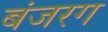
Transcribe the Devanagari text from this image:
बंजरग